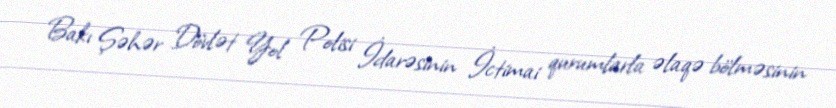
Bakı Şəhər Dövlət Yol Polisi İdarəsinin İctimai qurumlarla əlaqə bölməsinin